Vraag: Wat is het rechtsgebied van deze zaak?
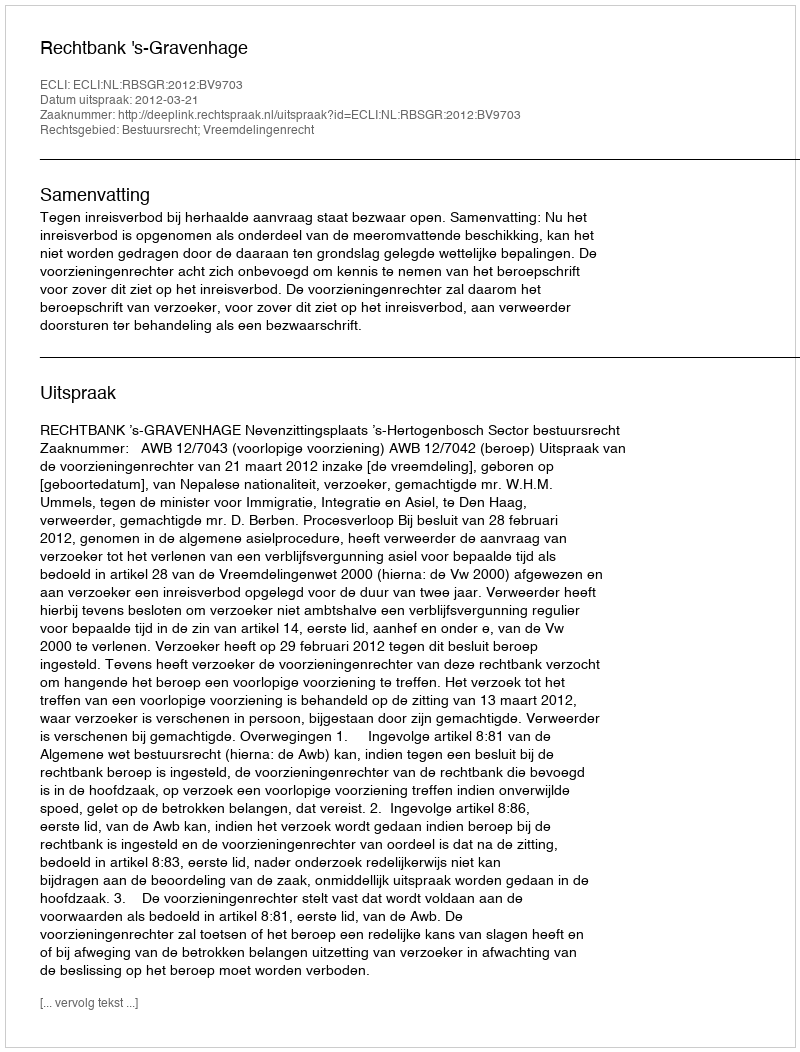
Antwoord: Bestuursrecht; Vreemdelingenrecht